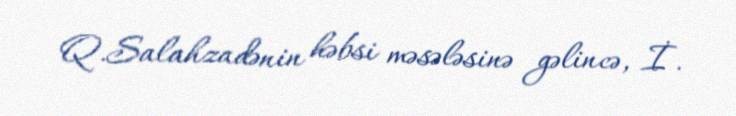
Q.Salahzadənin həbsi məsələsinə gəlincə, İ.